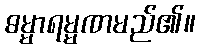
ဓမ္မာရမ္မဏမည်၏။